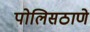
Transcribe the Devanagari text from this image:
पोलिसठाणे